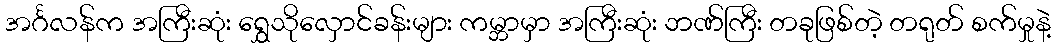
အင်္ဂလန်က အကြီးဆုံး ရွှေသိုလှောင်ခန်းများ ကမ္ဘာမှာ အကြီးဆုံး ဘဏ်ကြီး တခုဖြစ်တဲ့ တရုတ် စက်မှုနဲ့